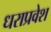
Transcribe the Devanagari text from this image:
धराप्रवेश